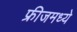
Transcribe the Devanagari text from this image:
फ्रीजमध्ये